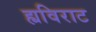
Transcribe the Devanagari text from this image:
ह्यविराट